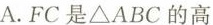
A.FC是△ABC的高